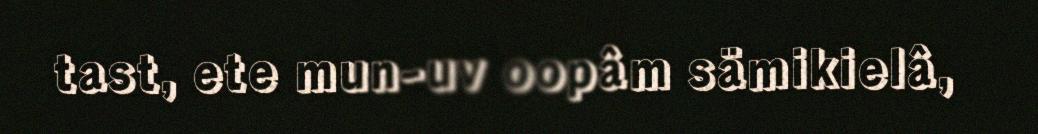
tast, ete mun-uv oopâm sämikielâ,